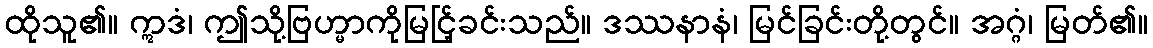
ထိုသူ၏။ ဣဒံ၊ ဤသို့ဗြဟ္မာကိုမြင်ြ့ခင်းသည်။ ဒဿနာနံ၊ မြင်ခြင်းတို့တွင်။ အဂ္ဂံ၊ မြတ်၏။